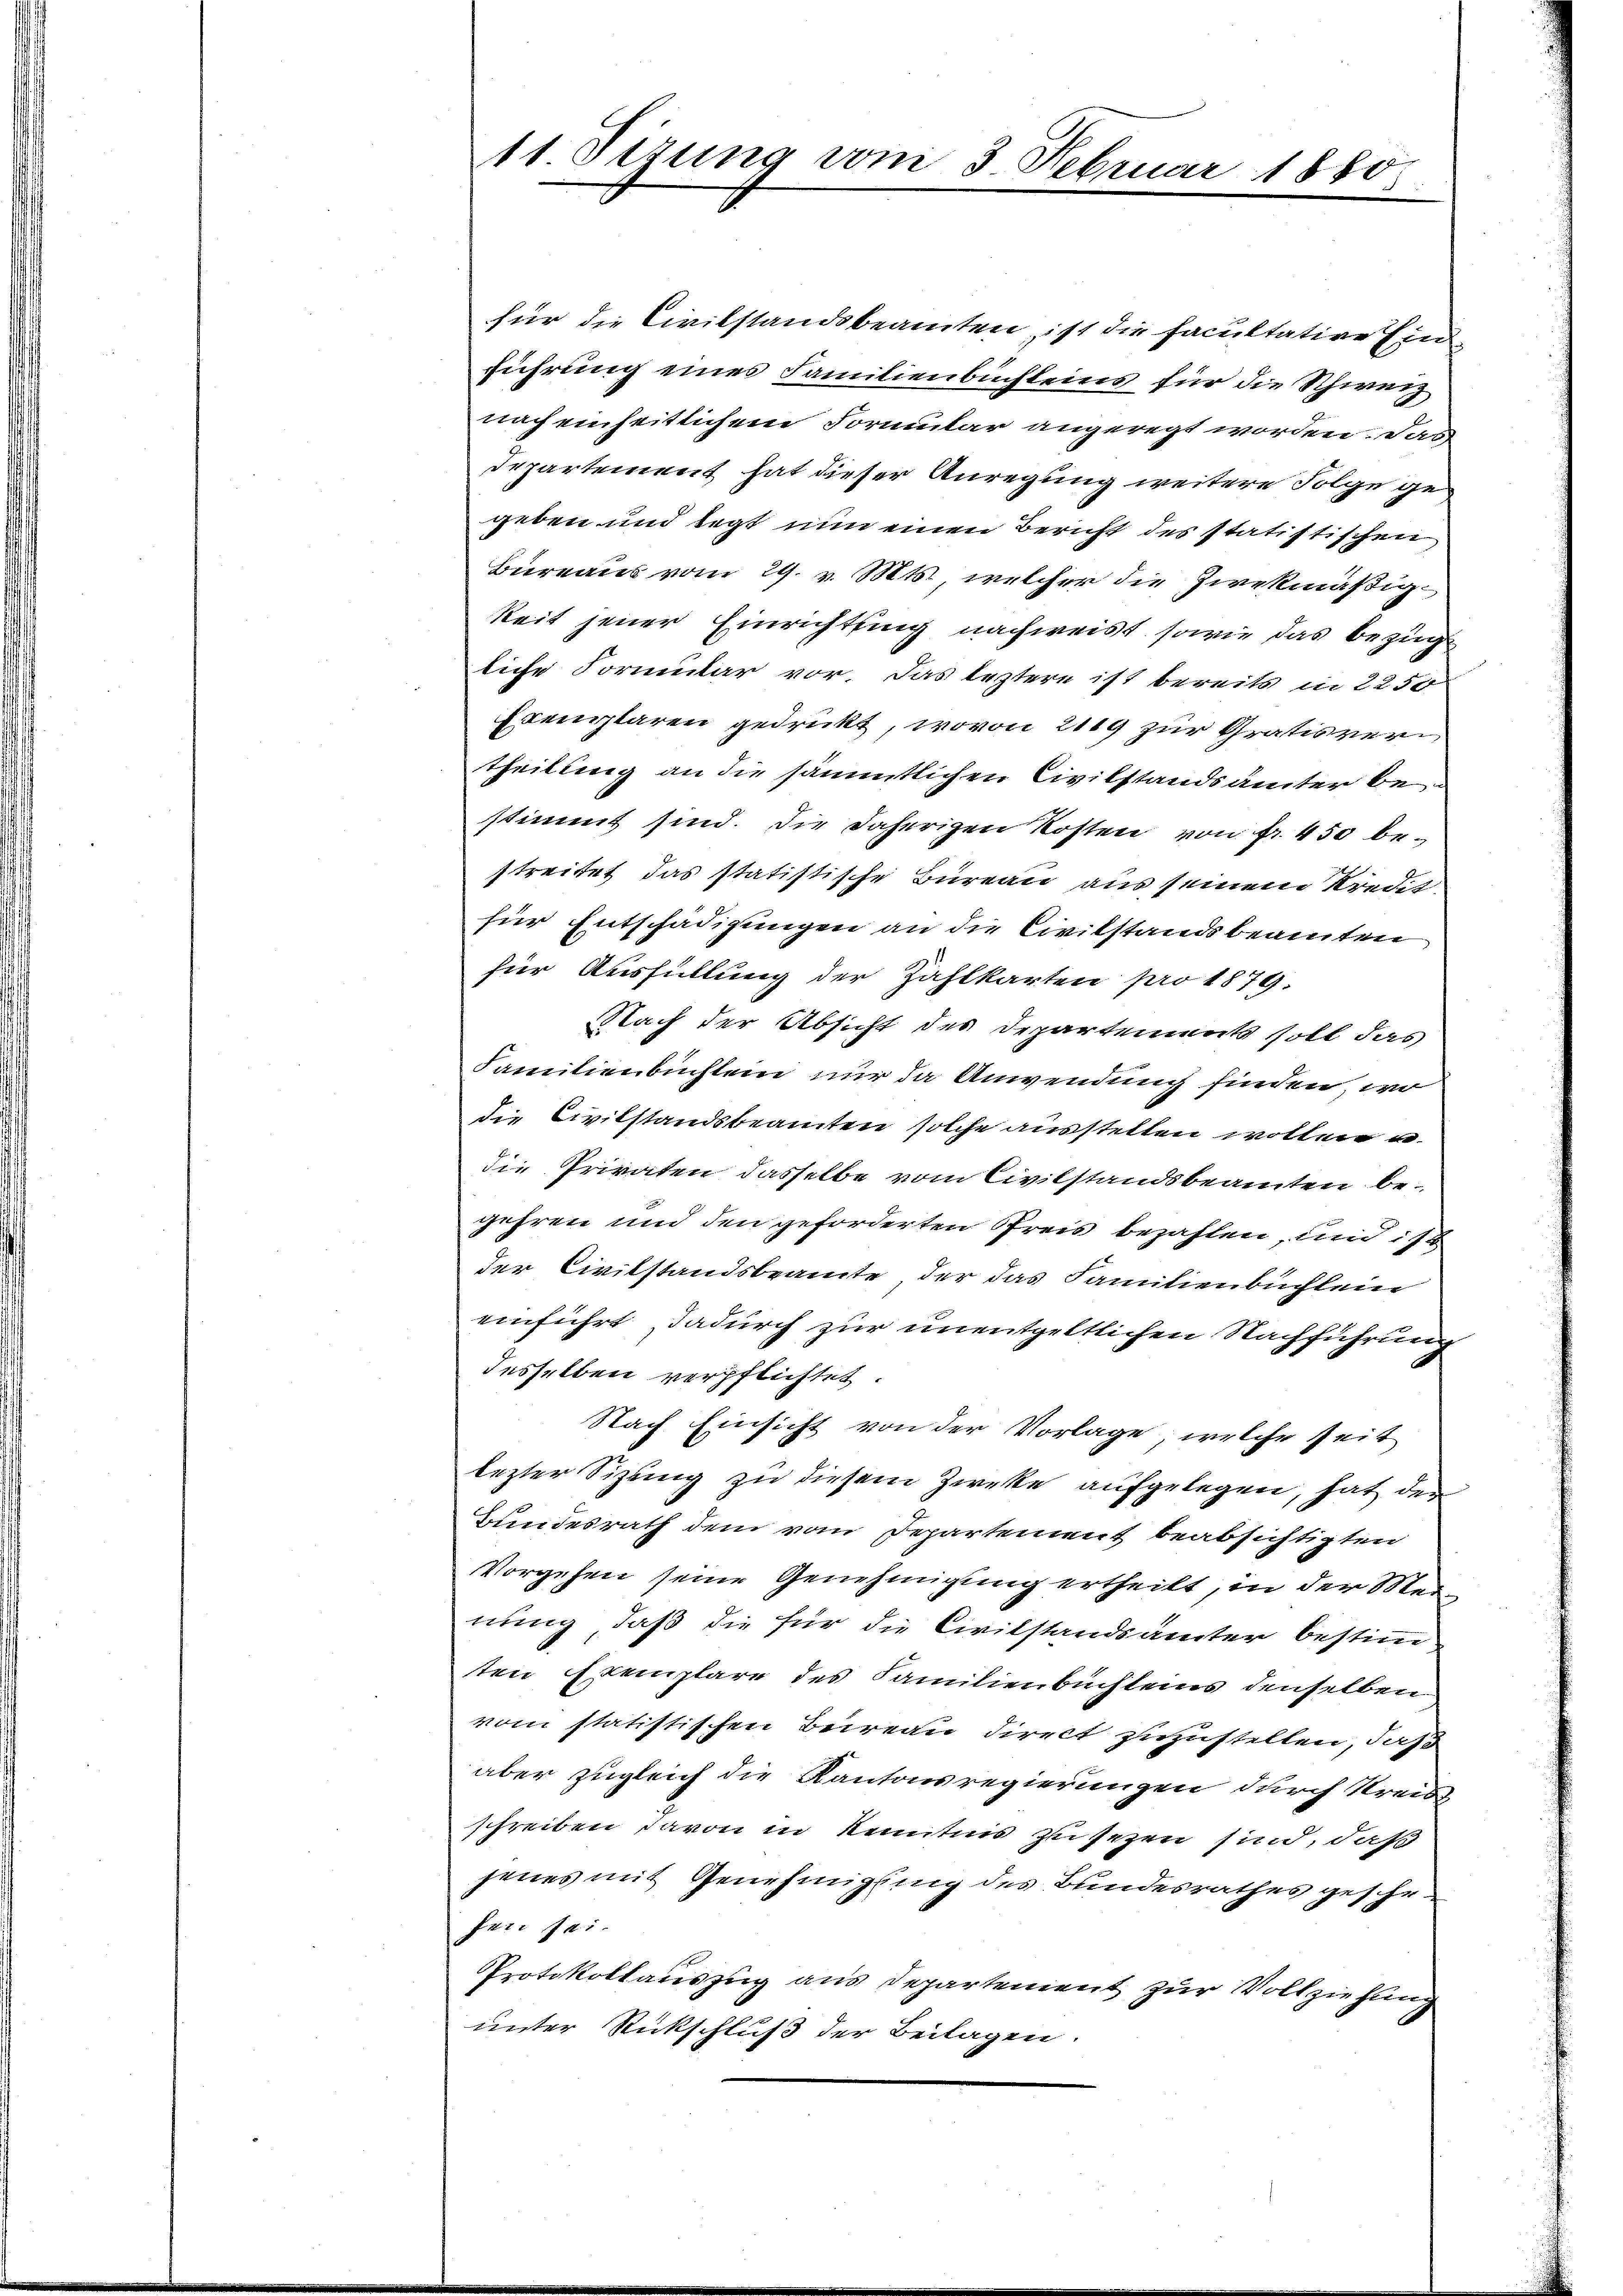
11 Sitzung vom 3 Februar 1880

für die Civilstandsbeamten, ist die Facultative Ein
führung eines Familienbuchleins für die Schweiz
nach einheitlichem Formular angeregt worden. Das
Departement hat dieser Anregung weitere Folge gegeben und legt nun einen Bericht des statistischen
Bureaus vom 29. v. Mts., welcher die zwekmäßigkeit jener Einrichtung nachweist, sowie das bezüge
liche Formular vor. Das leztere ist bereits in 2250
Exemplaren gedrückt, wovon 2119 zur Gratisvertheilung an die sämmtlichen Civilstandsämter be
stimmt sind. Die daherigen Kosten von fr. 450 be-
streitet das statistische Bureau aus seinem Kredit
für Entschädigungen an die Civilstandsbeamten
für Ausfüllung der Zahlkarten pro 1879.
NNach der Absicht des Departements soll das
Familienbuchlein nur da Anwendung finden, wo
die Civilstandsbeamten solche ausstellen wollen u.
die Privaten dasselbe vom Civilstandsbeamten begehren und den geforderten Preis bezahlen, und ist
der Civilstandsbeamte der das Familienbuchlein
einführt, dadurch zur unentgeltlichen Nachführung
desselben verpflichtet.
Nach Einsicht von der Vorlage, welche seit
lezter Sizung zu diesem Zwecke aufgelegen, hat der
Bundesrath dem vom Departement beabsichtigten
Vorgehen seine Genehmigung ertheilt, in der Meinung, daß die für die Civilstandsämter bestim
ten Exemplare des Familienbüchleins denselben
vom statistischen Beireau direct zuzustellen, daß
aber zugleich die Kantonsregierungen durch Streis
schreiben davon in Kenntnis zu sezen sind, daß
jenes mit Genehmigung des Bundesrathes geschr.
feit sei.
Protokollauszug aus Departement zur Vollziehung
unter Rückschluß der Beilagen.